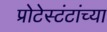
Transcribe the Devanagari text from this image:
प्रोटेस्टंटांच्या